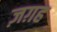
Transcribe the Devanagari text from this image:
ज़ग़ह